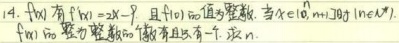
14. 已知\(f(x)\)满足\(f'(x)=2 - x\)，且\(f(1)\)的值为整数。当\(x\in[1,n](n\in N^{*})\)时，\(f(x)\)的整数值的个数有且只有一个，求\(n\)。